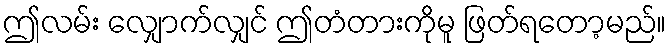
ဤလမ်း လျှောက်လျှင် ဤတံတားကိုမူ ဖြတ်ရတော့မည်။